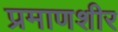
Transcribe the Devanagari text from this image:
प्रमाणशीर